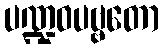
ပဏ္ဍဝပဗ္ဗတော